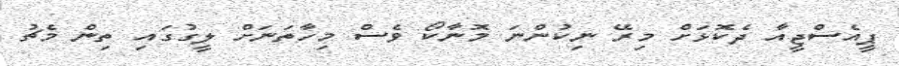
ޕީއެސްޖީއާ ދެކޮޅަށް މިރޭ ނިކުންނަ މޮނާކޯ ވެސް މިހާތަނަށް ލީގުގައި ތިން މެޗު